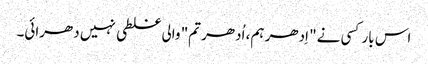
اس بار کسی نے" اِدھر ہم، اُدھر تم" والی غلطی نہیں دھرائی۔